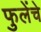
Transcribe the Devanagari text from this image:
फुलेंचे